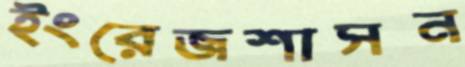
ইংরেজশাসন